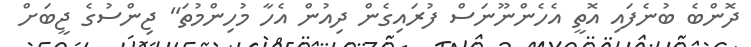
ދޮންބެ ބުނެފައި އޮތީ އެހެންނޫނަސް ފުރައިގެން ދިއުން އެހާ މުހިންމުތަ" ޖިންސުގެ ޖީބަށް